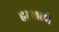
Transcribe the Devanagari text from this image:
हरखली